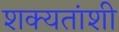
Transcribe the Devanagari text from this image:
शक्यतांशी